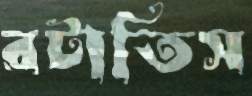
রটাতিস